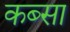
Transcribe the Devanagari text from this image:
कब्सा